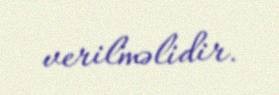
verilməlidir.